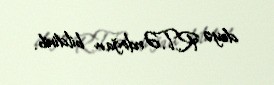
deyə R.T.Ərdoğan bildirib.